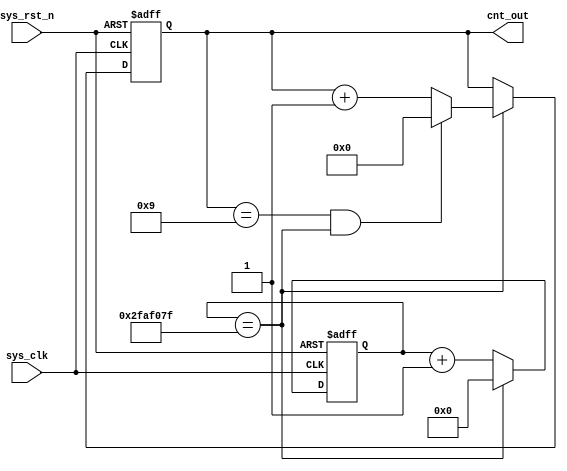
module counter #(parameter TIME_MS=1000,parameter TIME_MAX=10)(
    input   wire        sys_clk     ,
    input   wire        sys_rst_n   ,

    output  reg [3:0] cnt_out
);

    parameter   TIME_1MS = 50_000;// 1s/20ns
    parameter   couter_time = TIME_1MS * TIME_MS;
    reg         [25:0]      cnt     ; //
    wire                    add_cnt1; //
    wire                    end_cnt1; //
    always @(posedge sys_clk or negedge sys_rst_n) begin
        if (sys_rst_n == 1'b0)begin
            cnt <= 26'b0;
        end
        else if (cnt == couter_time - 1)begin
            cnt <= 26'b0;
        end
        else begin
            cnt <= cnt + 1'b1;
        end
    end
    //
    always @(posedge sys_clk or negedge sys_rst_n) begin
        if (!sys_rst_n)begin
            cnt_out <= 4'b0; // ==>cnt1 <= 0
        end
        else if(add_cnt1)begin //
            if (end_cnt1)begin
                cnt_out <= 4'b0;
            end
            else begin
                cnt_out <= cnt_out+1'b1;
            end
        end
        else begin
            cnt_out <= cnt_out;
        end
    end
    assign add_cnt1 = cnt ==    couter_time - 1;
    assign end_cnt1 = cnt_out==TIME_MAX - 1&& add_cnt1;

endmodule